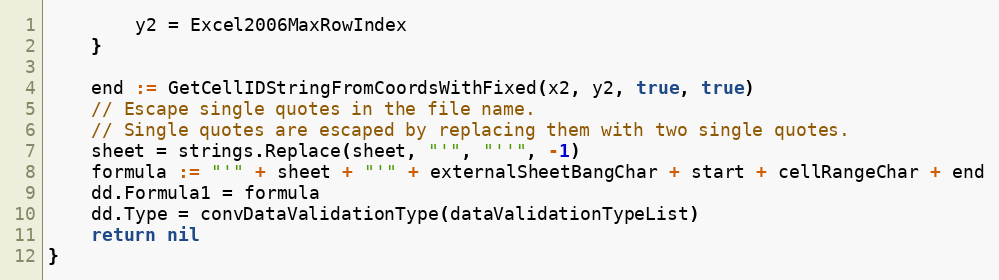
Language: Go
		y2 = Excel2006MaxRowIndex
	}

	end := GetCellIDStringFromCoordsWithFixed(x2, y2, true, true)
	// Escape single quotes in the file name.
	// Single quotes are escaped by replacing them with two single quotes.
	sheet = strings.Replace(sheet, "'", "''", -1)
	formula := "'" + sheet + "'" + externalSheetBangChar + start + cellRangeChar + end
	dd.Formula1 = formula
	dd.Type = convDataValidationType(dataValidationTypeList)
	return nil
}